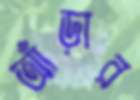
আঁড়ার